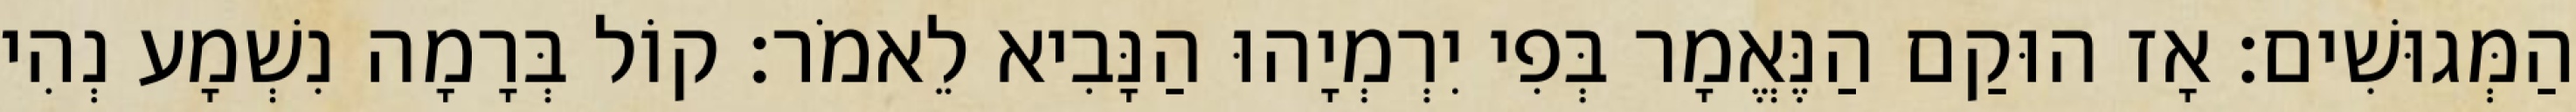
הַמְּגוּשִׁים׃ אָז הוּקַם הַנֶּאֱמָר בְּפִי יִרְמְיָהוּ הַנָּבִיא לֵאמֹר׃ קוֹל בְּרָמָה נִשְׁמָע נְהִי